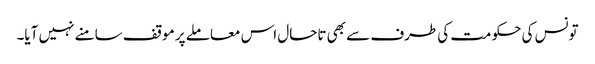
تونس کی حکومت کی طرف سے بھی تاحال اس معاملے پر موقف سامنے نہیں آیا۔